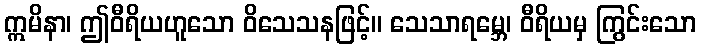
ဣမိနာ၊ ဤဝီရိယဟူသော ဝိသေသနဖြင့်။ သေသာရမ္ဘေ၊ ဝီရိယမှ ကြွင်းသော